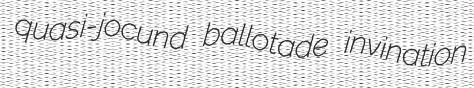
quasi-jocund ballotade invination